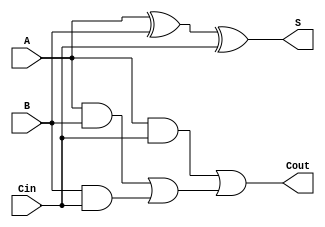
module full_adder (input A,input B,input Cin,output S,output Cout);
wire a1,a2,a3;
wire o1;

xor x1(S,A,B,Cin);

and and1(a1,A,B);
and and2(a2,B,Cin);
and and3(a3,A,Cin);

or or1(o1,a1,a2);
or or2(Cout,a3,o1);
endmodule